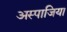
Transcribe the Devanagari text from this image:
अस्पाजिया